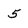
Character: 5